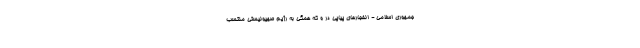
جمهوری اسلامی - انفجارهای پیاپی در و که همگی به رژیم صهیونیستی منتسب